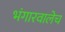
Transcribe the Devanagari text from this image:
भंगारवालेच